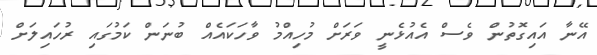
އޭނާ އައިގޮތުން ވެސް އެއުޅެނީ ވަރަށް މުހިއްމު ވާހަކައެއް ބުނަން ކަމުގައި ރުހައިލަށް